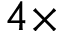
4 \times